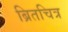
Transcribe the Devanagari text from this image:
ब्रितचित्र